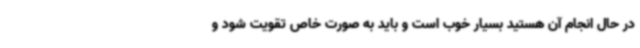
در حال انجام آن هستید بسیار خوب است و باید به صورت خاص تقویت شود و